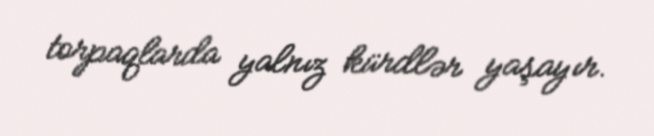
torpaqlarda yalnız kürdlər yaşayır.